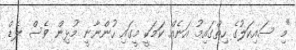
"މި ސައިކަލުގެ ހިތްގައިމު އަނެއް ކަމަކީ މީގައި ހުންނާނީ މުޅިން ވެސް ލެޑް